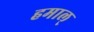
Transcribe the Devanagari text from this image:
हमाल्